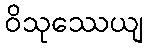
ဝိသုဿေယျ